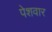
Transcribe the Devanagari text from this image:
पेशवार